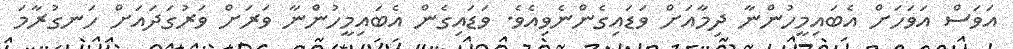
އަވަސް އަވަހަށް އެބައިމީހުންނާ ދިމާއަށް ވަޑައިގެންނެވިއެވެ. ވަޑައިގެން އެބައިމީހުންނާ ވަރަށް ވަރުގަދައަށް ހަނގުރާމަ